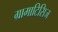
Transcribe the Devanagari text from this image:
ग्रामाटिसिज